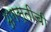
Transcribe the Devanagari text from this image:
अगस्तीची